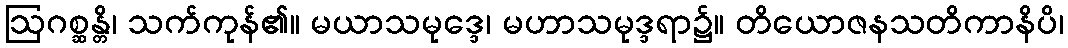
ဩဂစ္ဆန္တိ၊ သက်ကုန်၏။ မယာသမုဒ္ဒေ၊ မဟာသမုဒ္ဒရာ၌။ တိယောဇနသတိကာနိပိ၊